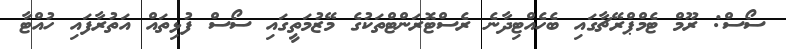
ސޯސް: ރޫމް ޓެމްޕްރޭޗާގައި ބެހެއްޓިދާނެ ރެސްޓޮރަންޓްތަކުގެ މޭޒުމަތީގައި ސޯސް ފުޅިތައް އަތުރާފައި ހުއްޓާ